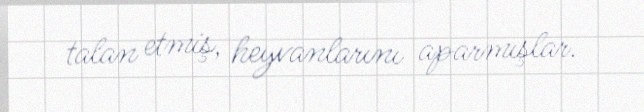
talan etmiş, heyvanlarını aparmışlar.